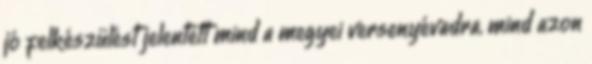
jó felkészülést jelentett mind a megyei versenyévadra, mind azon